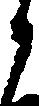
う